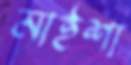
মাইশা